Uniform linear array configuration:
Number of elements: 12
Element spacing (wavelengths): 0.25
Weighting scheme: hamming
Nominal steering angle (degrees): -45
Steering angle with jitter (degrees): -45.148
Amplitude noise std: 0.05
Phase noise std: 0.05

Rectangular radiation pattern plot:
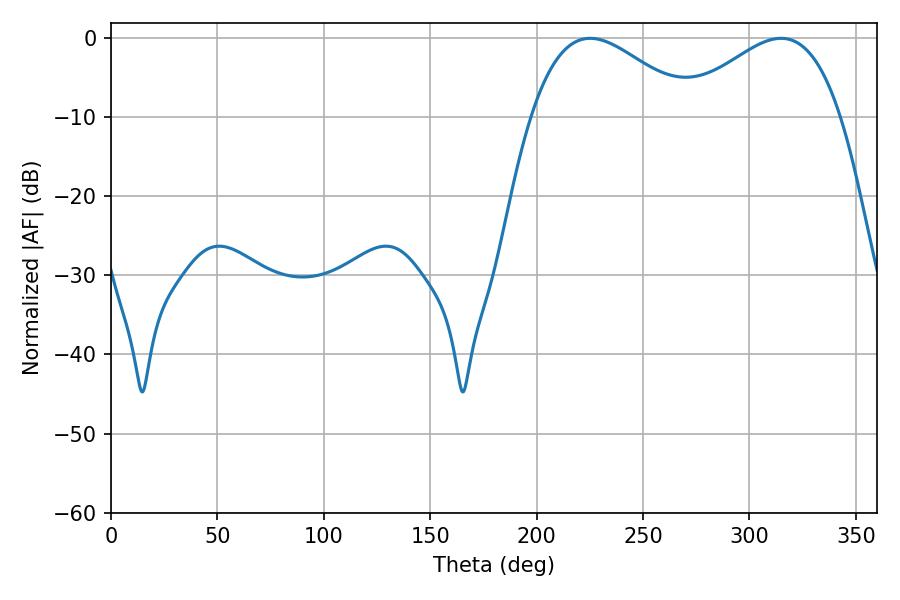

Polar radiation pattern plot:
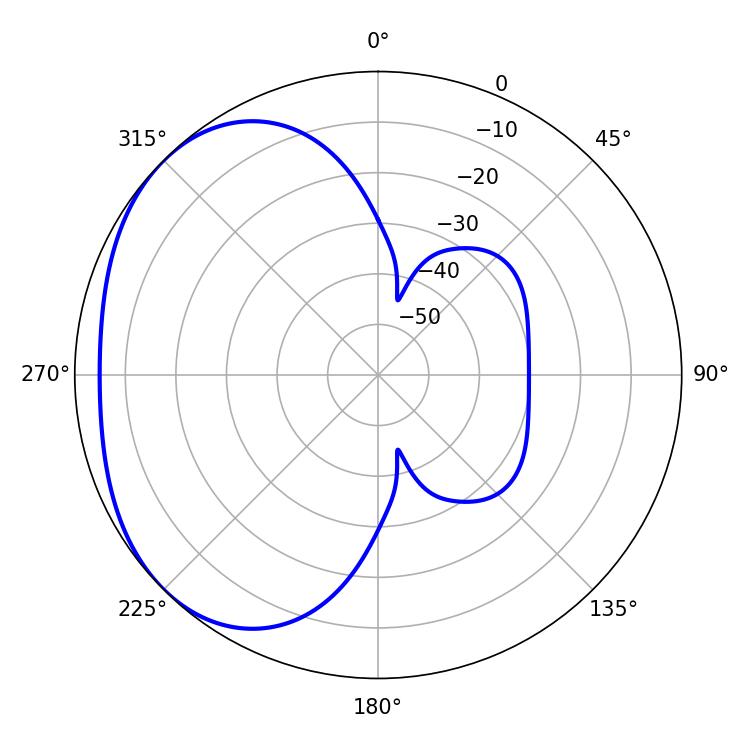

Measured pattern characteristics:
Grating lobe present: FALSE
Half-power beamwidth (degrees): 41.04
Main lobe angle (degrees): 225.18